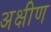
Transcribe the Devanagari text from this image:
अक्षीण